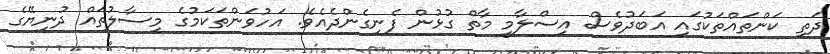
ދަތި ކަންތައްތަކުގައި އަބަދުވެސް އިސްލާމީ މާތް ގުޅުން ފެނިގެންދެއެވެ. އަހުވަންތަކަމުގެ މިސާލުތައް ދުނިޔޭގެ